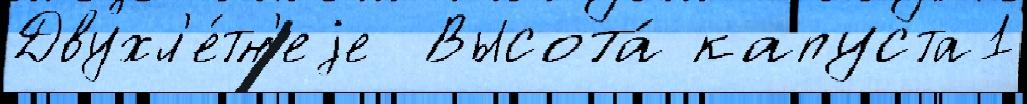
Двухл'е́тн'еjе  Высота́ капуста1